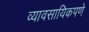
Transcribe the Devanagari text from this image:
व्यावसायिकपणे